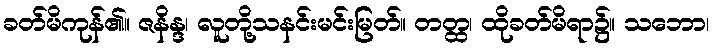
ခတ်မိကုန်၏။ ဇနိန္ဒ၊ လူတို့သနင်းမင်းမြတ်။ တတ္ထ၊ ထိုခတ်မိရာ၌။ သဘော၊